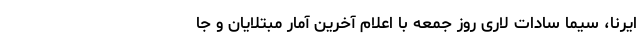
ایرنا، سیما سادات لاری روز جمعه با اعلام آخرین آمار مبتلایان و جا